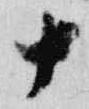
十